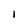
Character: 1